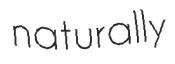
naturally